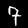
Digit: 7